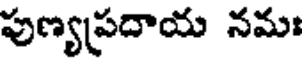
పుణ్యప్రదాయ నమః